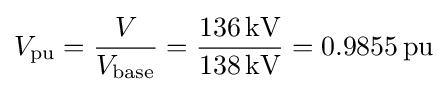
V_{\mathrm {pu} }={\frac {V}{V_{\mathrm {base} }}}={\frac {136\,\mathrm {kV} }{138\,\mathrm {kV} }}=0.9855\,\mathrm {pu}